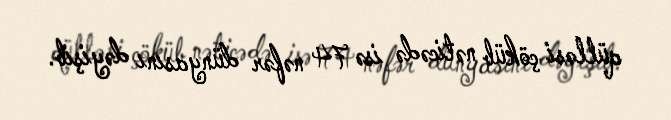
qülləsi çöküb nəticədə isə 74 nəfər dünyasını dəyişib.